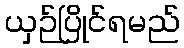
ယှဉ်ပြိုင်ရမည်